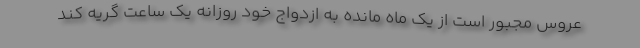
عروس مجبور است از یک ماه مانده به ازدواج خود روزانه یک ساعت گریه کند